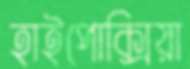
হাইপোক্সিয়া